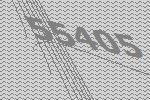
55405